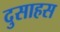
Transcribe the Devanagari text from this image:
दुसाहस